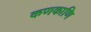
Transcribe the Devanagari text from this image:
कणकाणि